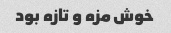
خوش مزه و تازه بود